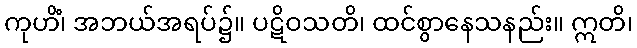
ကုဟိံ၊ အဘယ်အရပ်၌။ ပဋိဝသတိ၊ ထင်စွာနေသနည်း။ ဣတိ၊